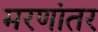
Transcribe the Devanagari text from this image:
मरणांतर